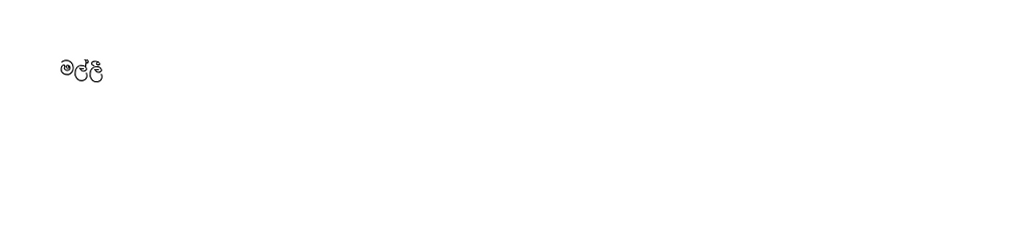
මල්ලී